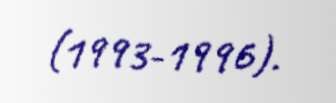
(1993-1996).